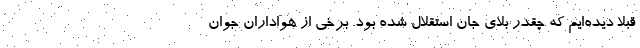
قبلا دیده‌ایم که چقدر بلای جان استقلال شده بود. برخی از هواداران جوان